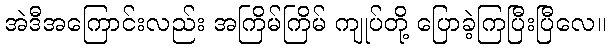
အဲဒီအကြောင်းလည်း အကြိမ်ကြိမ် ကျုပ်တို့ ပြောခဲ့ကြပြီးပြီလေ။